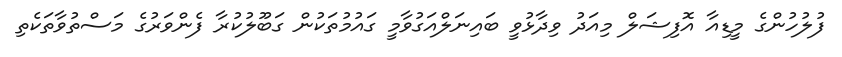
ފުލުހުންގެ މީޑިއާ އޮފިޝަލް މިއަދު ވިދާޅުވީ ބައިނަލްއަގުވާމީ ގައުމުތަކުން ގަބޫލުކުރާ ފެންވަރުގެ މަސްތުވާތަކެތި